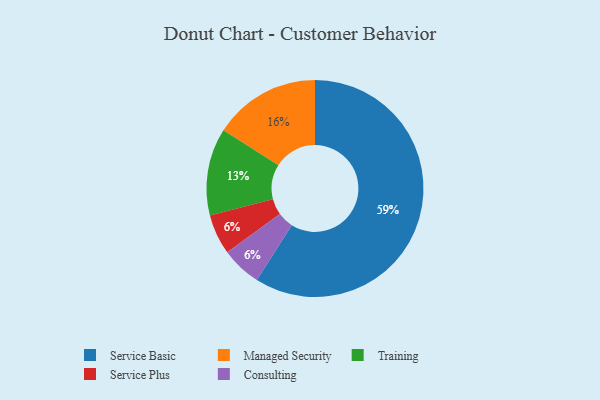
{"axis": {"x": "Category", "y": "Percentage"}, "legend": ["Consulting", "Managed Security", "Service Basic", "Service Plus", "Training"], "data": [{"x": "Training", "y": 13, "type": "Training"}, {"x": "Service Plus", "y": 6, "type": "Service Plus"}, {"x": "Consulting", "y": 6, "type": "Consulting"}, {"x": "Service Basic", "y": 59, "type": "Service Basic"}, {"x": "Managed Security", "y": 16, "type": "Managed Security"}]}